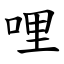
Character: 哩